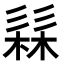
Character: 𭛗